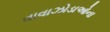
વાવાઝોડાઓના